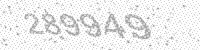
Solution: 289949